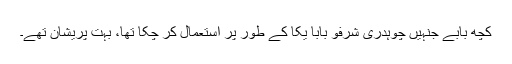
کچھ بابے جنہیں چوہدری شرفو بابا یکا کے طور پر استعمال کر چکا تھا، بہت پریشان تھے۔